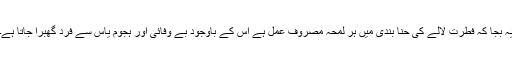
یہ بجا کہ فطرت لالے کی حنا بندی میں ہر لمحہ مصروف عمل ہے اس کے باوجود بے وفائی اور ہجوم یاس سے فرد گھبرا جاتا ہے۔